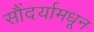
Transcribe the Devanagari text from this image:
सौंदर्यामधून